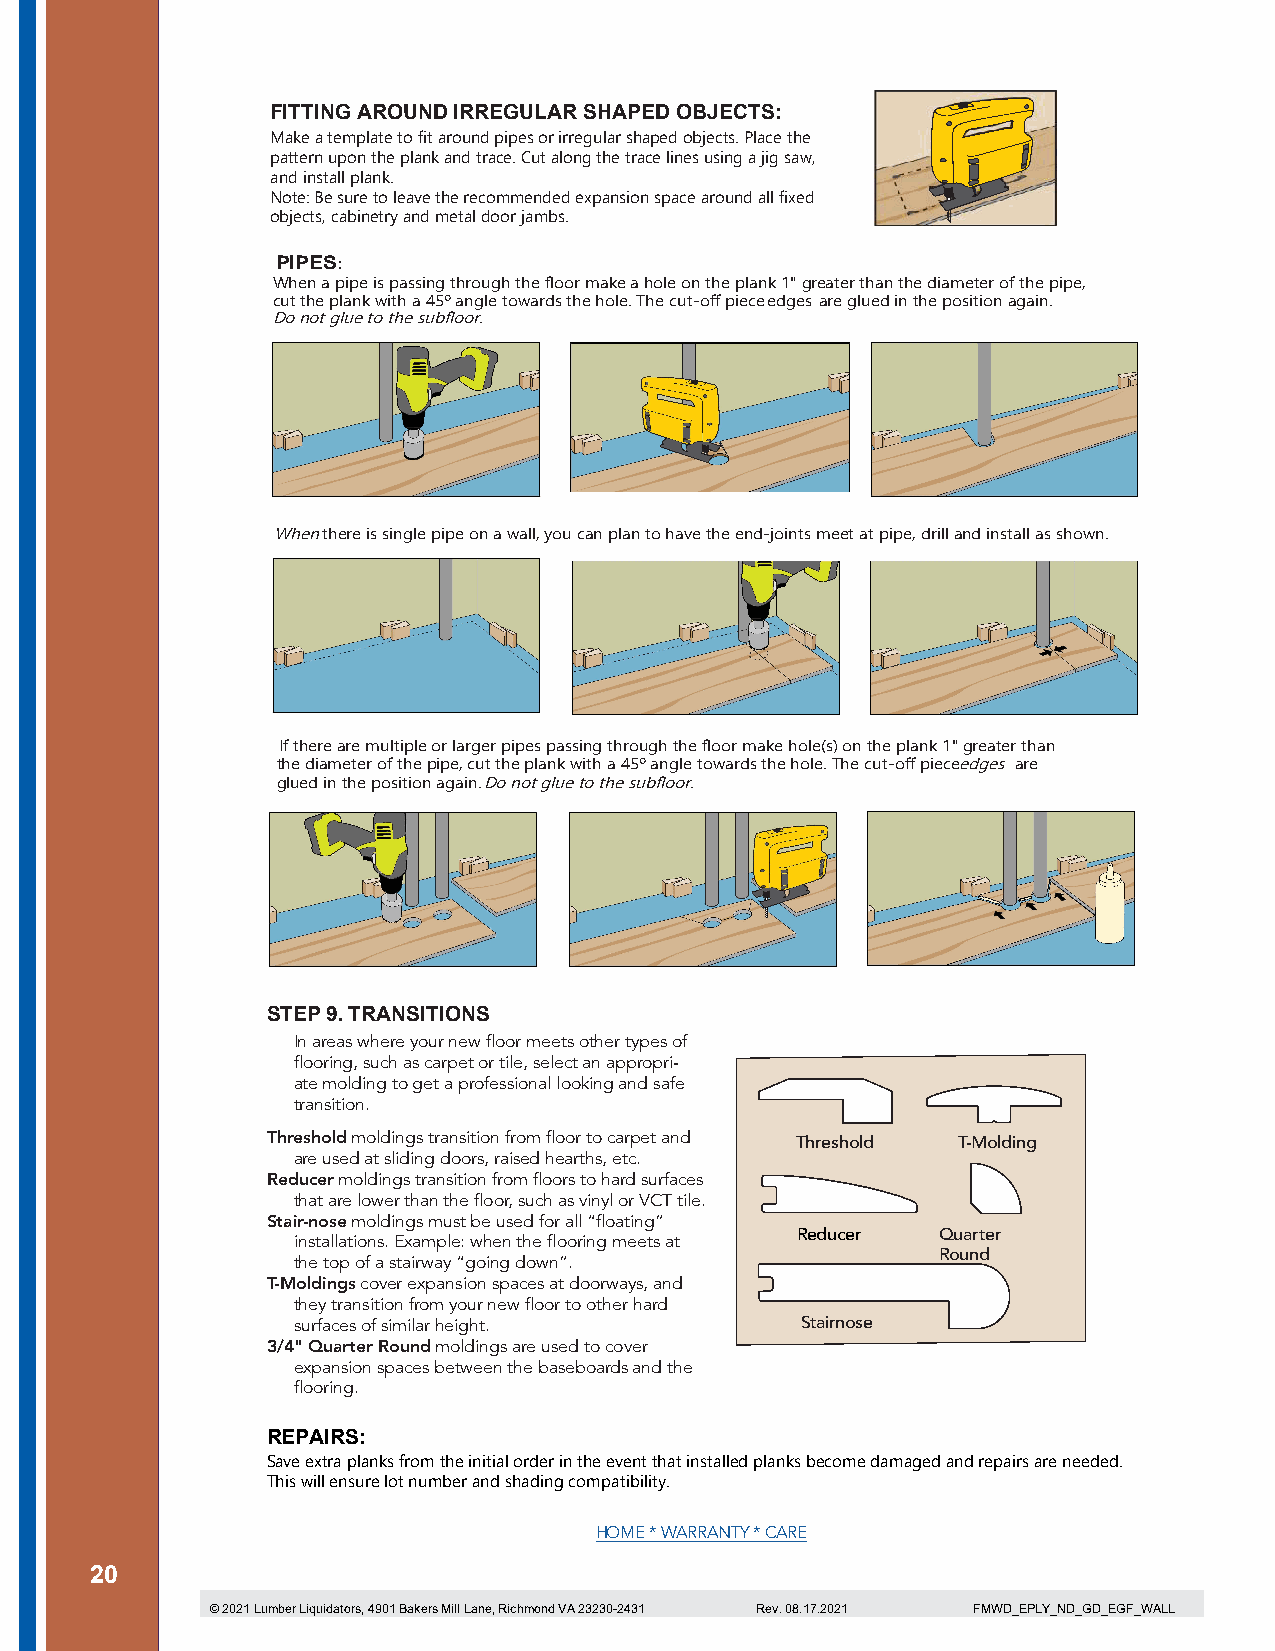
FITTING AROUND IRREGULAR SHAPED OBJECTS:
 Make a template to fit around pipes or irregular shaped objects. Place the
 pattern upon the plank and trace. Cut along the trace lines using a jig saw,
 and install plank.
 Note: Be sure to leave the recommended expansion space around all fixed
 objects, cabinetry and metal door jambs.
 PIPES:
 When a pipe is passing through the floor make a hole on the plank 1" greater than the diameter of the pipe,
 cut the plank with a 45º angle towards the hole. The cut-off piece edges are glued in the position again.
 Do not glue to the subfloor.
 When there is single pipe on a wall, you can plan to have the end-joints meet at pipe, drill and install as shown.
 If there are multiple or larger pipes passing through the floor make hole(s) on the plank 1" greater than
 the diameter of the pipe, cut the plank with a 45º angle towards the hole. The cut-off piecee dges are
 glued in the position again. Do not glue to the subfloor.
 STEP 9. TRANSITIONS
 In areas where your new floor meets other types of
 flooring, such as carpet or tile, select an appropri-
 ate molding to get a professional looking and safe
 transition.
 Threshold moldings transition from floor to carpet and Threshold T-Molding
 are used at sliding doors, raised hearths, etc.
 Reducer moldings transition from floors to hard surfaces
 that are lower than the floor, such as vinyl or VCT tile.
 Stair-nose moldings must be used for all “floating”
 Reducer  Quarter
 installations. Example: when the flooring meets at
 Round
 the top of a stairway “going down”.
 T-Moldings cover expansion spaces at doorways, and
 they transition from your new floor to other hard
 surfaces of similar height.       Stairnose
 3/4" Quarter Round moldings are used to cover
 expansion spaces between the baseboards and the
 flooring.
 REPAIRS:
 Save extra planks from the initial order in the event that installed planks become damaged and repairs are needed.
 This will ensure lot number and shading compatibility.
 HOME * WARRANTY * CARE
 20
 © 2021 Lumber Liquidators, 4901 Bakers Mill Lane, Richmond VA 23230-2431 Rev. 08.17.2021 FMWD_EPLY_ND_GD_EGF_WALL
 20